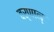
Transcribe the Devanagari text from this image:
वर्णान्